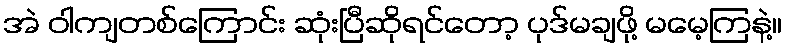
အဲ ဝါကျတစ်ကြောင်း ဆုံးပြီဆိုရင်တော့ ပုဒ်မချဖို့ မမေ့ကြနဲ့။